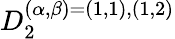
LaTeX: D_{2}^{(\alpha,\beta)=(1,1),(1,2)}